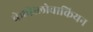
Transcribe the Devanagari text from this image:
चेकोस्लोवाकियन